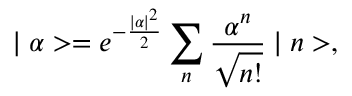
\mid \alpha > = e ^ { - \frac { \mid \alpha \mid ^ { 2 } } { 2 } } \sum _ { n } \frac { \alpha ^ { n } } { \sqrt { n ! } } \mid n > ,